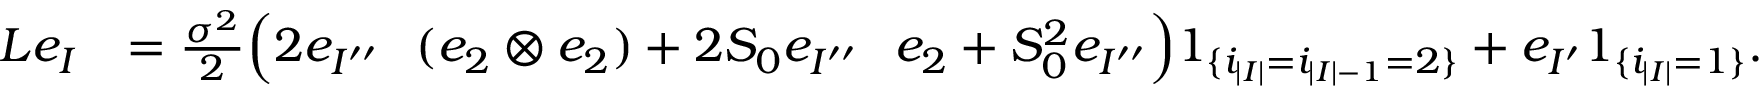
\begin{array} { r l } { L e _ { I } } & { = \frac { \sigma ^ { 2 } } 2 \Big ( 2 e _ { I ^ { \prime \prime } } \shuffle ( e _ { 2 } \otimes e _ { 2 } ) + 2 S _ { 0 } e _ { I ^ { \prime \prime } } \shuffle e _ { 2 } + S _ { 0 } ^ { 2 } e _ { I ^ { \prime \prime } } \Big ) 1 _ { \{ i _ { | I | } = i _ { | I | - 1 } = 2 \} } + e _ { I ^ { \prime } } 1 _ { \{ i _ { | I | } = 1 \} } . } \end{array}